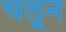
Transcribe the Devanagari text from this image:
चलून